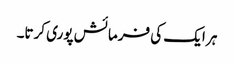
ہر ایک کی فرمائش پوری کرتا۔